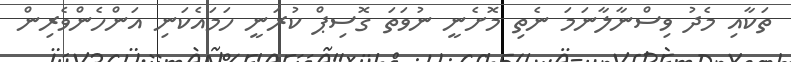
ތަކާއި މެދު ވިސްނާލާނަމަ ނެތި މޮށެނީ ނުވަތަ ގޮސިޕް ކުރަނީ ހަމައެކަނި އަންހެންވެރިން